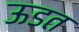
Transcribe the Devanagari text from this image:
ऊडत